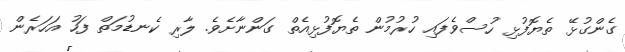
ގެންގުޅޭ ތެޔޮފުޅި ހުސްވެފައި ހުރުމުން ތެޔޮފުޅިއެތް ގަންނާށެވެ. ލާރި ކެނޑުމަތް ފަހު އަހަރެން